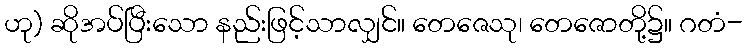
ဟု) ဆိုအပ်ပြီးသော နည်းဖြင့်သာလျှင်။ တေဇေသု၊ တေဇောတို့၌။ ဂတံ-